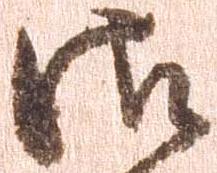
御